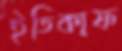
ইতিকাফ